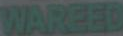
WAREED